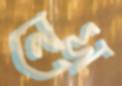
নেস